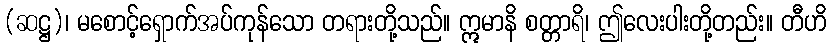
(ဆဋ္ဌ)၊ မစောင့်ရှောက်အပ်ကုန်သော တရားတို့သည်။ ဣမာနိ စတ္တာရိ၊ ဤလေးပါးတို့တည်း။ တီဟိ